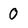
Character: O